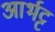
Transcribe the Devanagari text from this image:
आर्भट्ट